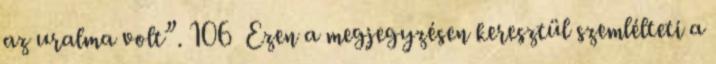
az uralma volt”. 106 Ezen a megjegyzésen keresztül szemlélteti a